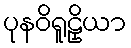
ပုနဝိရူဠှိယာ